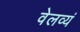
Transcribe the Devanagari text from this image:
वेलव्यं